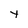
Character: t